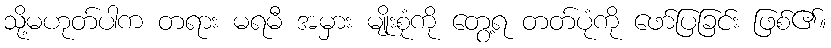
သို့မဟုတ်ပါက တရား မရမီ အမှား မျိုးစုံကို တွေ့ရ တတ်ပုံကို ဖော်ပြခြင်း ဖြစ်၏။